Annual report of the Punjab Veterinary College and of the Civil Veterinary Department, Punjab - 1894-1908
Year: 1894
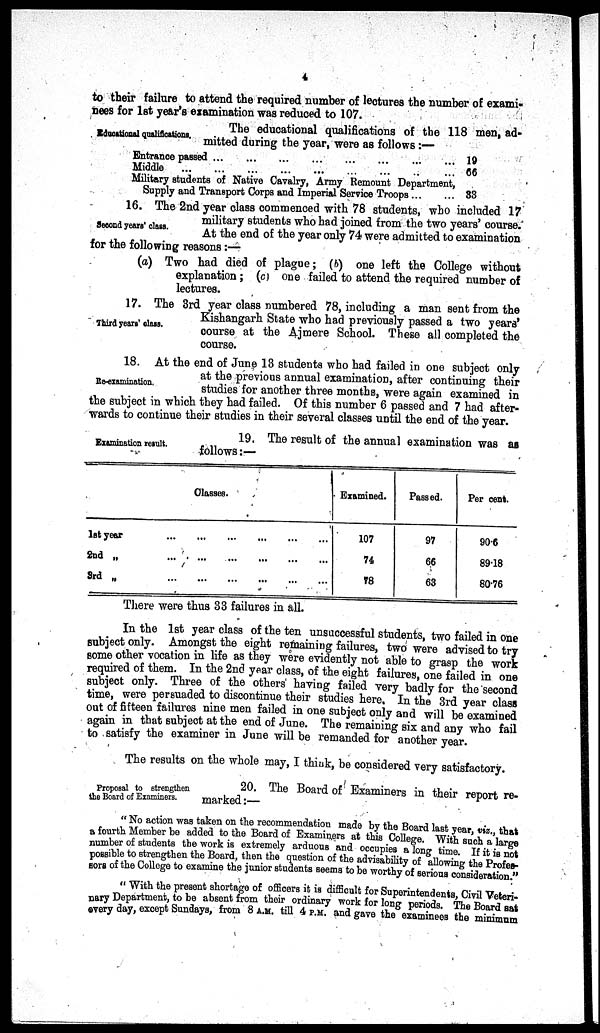
4
to their failure to attend the required number of lectures the number of exami-
nees for 1st year's examination was reduced to 107.
Educational qualifications.
The educational qualifications of the 118 men, ad-
mitted during the year, were as follows:—
Entrance passed
...
...
...
...
Middle
...
...
...
...
...
...
...
...
Military students of Native Cavalry, Army Remount Department,
Supply and Transport Corps and Imperial Service Troops ... ...
19
66
33
Second years' class.
16. The 2nd year class commenced with 78 students, who included 17
military students who had joined from the two years' course.
At the end of the year only 74 were admitted to examination
for the following reasons:—
(a) Two had died of plague; (6) one left the College without
explanation; (c) one failed to attend the required number of
lectures.
Third years' class.
17. The 3rd year class numbered 78, including a man sent from the
Kishangarh State who had previously passed a two years'
course at the Ajmere School. These all completed the
course.
Re-examination.
18. At the end of June 13 students who had failed in one subject only
at the previous annual examination, after continuing their
studies for another three months, were again examined in
the subject in which they had failed. Of this number 6 passed and 7 had after-
wards to continue their studies in their several classes until the end of the year.
Examination result.
19. The result of the annual examination was as
follows:—
1st year
2nd „
3rd „
Classes.
... ... ... ... ... ...
... ... ... ... ... ...
... ... ... ... ... ...
Examined.
107
74
78
Passed.
97
66
63
Per cent.
90.6
89.18
80.76
There were thus 33 failures in all.
In the 1st year class of the ten unsuccessful students, two failed in one
subject only. Amongst the eight remaining failures, two were advised to try
some other vocation in life as they were evidently not able to grasp the work
required of them. In the 2nd year class, of the eight failures, one failed in one
subject only. Three of the others having failed very badly for the second
time, were persuaded to discontinue their studies here. In the 3rd year class
out of fifteen failures nine men failed in one subject only and will be examined
again in that subject at the end of June. The remaining six and any who fail
to satisfy the examiner in June will be remanded for another year.
The results on the whole may, I think, be considered very satisfactory.
Proposal to strengthen
the Board of Examiners.
20. The Board of Examiners in their report re-
marked:—
"No action was taken on the recommendation made by the Board last year viz. that
a fourth Member be added to the Board of Examiners at this College. With such a large
number of students the work is extremely arduous and occupies a long time. If it is not
possible to strengthen the Board, then the question of the advisability of allowing the Profes-
sors of the College to examine the junior students seems to be worthy of serious consideration."
"With the present shortage of officers it is difficult for Superintendents, Civil Veteri-
nary Department, to be absent from their ordinary work for long periods. The Board sat
every day, except Sundays, from 8 A.M. till 4 P.M. and gave the examinees the minimum